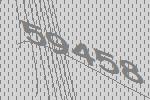
59458